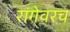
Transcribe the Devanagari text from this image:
रांगेवरच